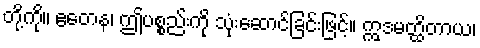
တို့ကို။ ဧတေန၊ ဤပစ္စည်းကို သုံးဆောင်ခြင်းဖြင့်။ ဣဒမတ္ထိတာယ၊